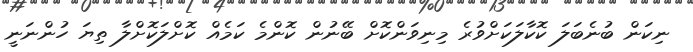
ނިކަން ބުނެބަލަ ކޮކާލަކަށްވުރެ މިނިވަންކޮށް ބޭނުން ކޮންމެ ކަމެއް ކޮށްލަކޮށްލާ ތިޔަ ހުންނަނީ